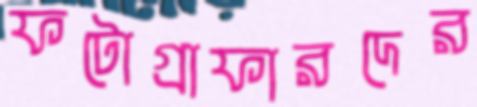
ফটোগ্রাফারদের